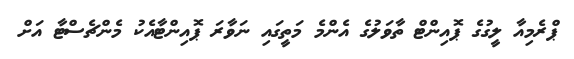
ޕްރެމިއާ ލީގުގެ ޕޮއިންޓް ތާވަލުގެ އެންމެ މަތީގައި ނަވާރަ ޕޮއިންޓާއެކު މެންޗެސްޓާ އަށް